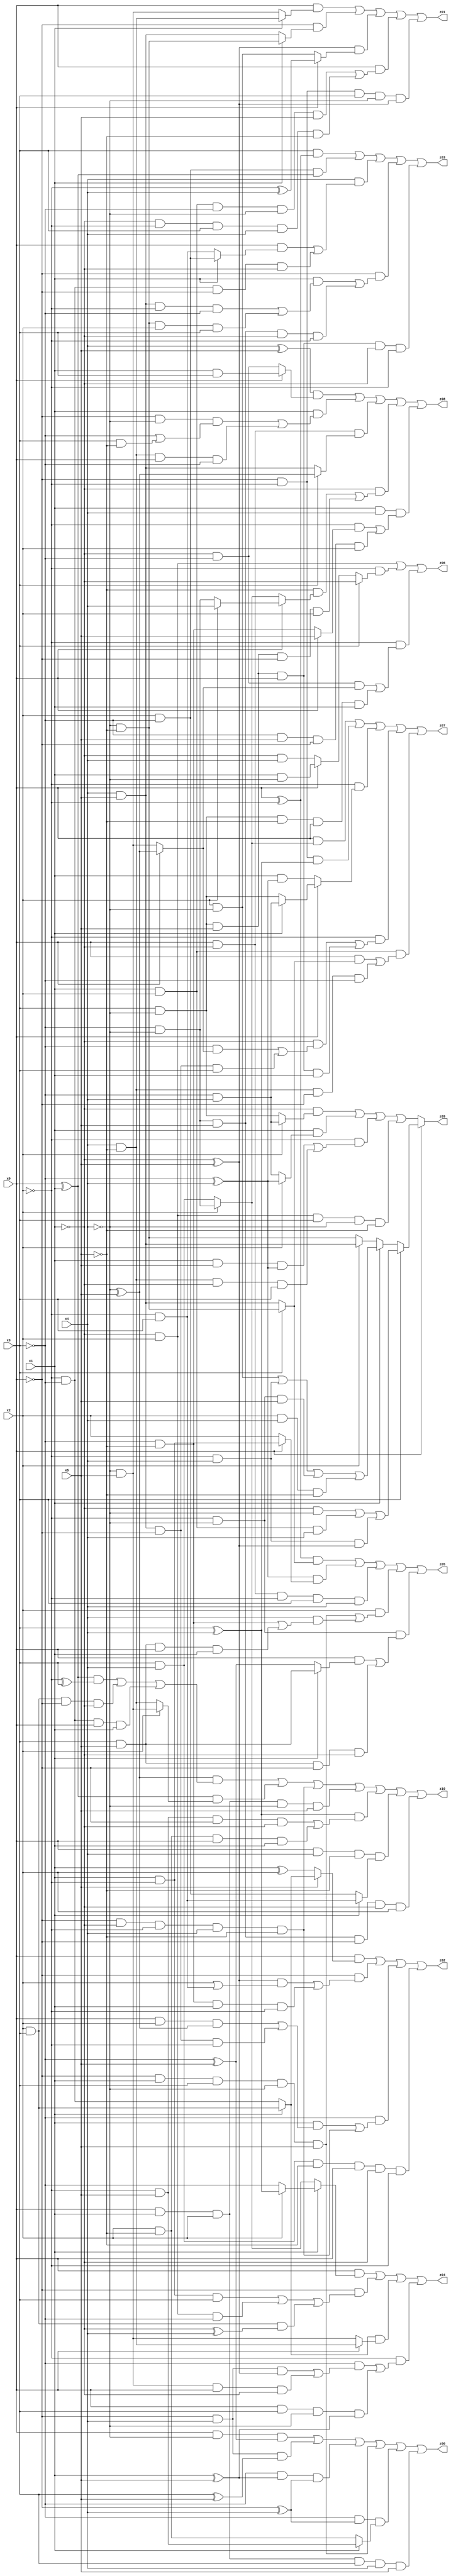
// Benchmark "X_45" written by ABC on Mon Jun 05 01:34:59 2023

module X_45 ( 
    x0, x1, x2, x3, x4, x5,
    z00, z01, z02, z03, z04, z05, z06, z07, z08, z09, z10  );
  input  x0, x1, x2, x3, x4, x5;
  output z00, z01, z02, z03, z04, z05, z06, z07, z08, z09, z10;
  assign z00 = (x0 & ~x4 & (~x3 ^ x5)) | (~x0 & x4 & (x3 ^ x5)) | (~x3 & (x1 ^ x5) & (~x0 ^ x4)) | (~x0 & x1 & x3 & ~x4 & x5) | (~x3 & (~x0 ^ x4) & (x1 ? (~x2 & x5) : (x2 & ~x5))) | (x0 & x1 & x2 & x3 & x4 & x5);
  assign z01 = (x0 & (x1 ? (x4 & ~x5) : (~x4 & x5))) | (~x0 & (x1 ? (~x4 & ~x5) : (x4 & x5))) | ((~x1 ^ x5) & (x0 ? (~x2 ^ x4) : (x2 & ~x4))) | (x0 & ((x1 & x2 & ~x3 & ~x4 & x5) | (~x1 & ~x2 & x3 & x4 & ~x5))) | (~x0 & ~x2 & x3 & ~x4 & (~x1 ^ x5));
  assign z02 = (x0 & (x5 ? (x1 ? (x2 & x3) : (~x2 & ~x3)) : (x1 ^ x2))) | (~x0 & (((~x1 ^ x5) & (x2 | (~x2 & x3))) | (~x3 & ~x5 & x1 & ~x2))) | (~x3 & ((x1 & ((x0 & x2 & (~x4 ^ x5)) | (x4 & x5 & ~x0 & ~x2))) | (~x0 & ~x1 & ~x2 & x4 & ~x5))) | (x3 & x4 & ~x5 & x0 & ~x1 & ~x2);
  assign z03 = (x3 & (x0 ^ ~x2)) | (x2 & ~x3 & (x0 ^ x1)) | (x4 & ((x0 & (x1 ? (x2 & ~x3) : (~x2 & x3))) | (~x2 & ~x3 & ~x0 & ~x1))) | (~x0 & ((x1 & ((x4 & x5 & ~x2 & ~x3) | (~x4 & ~x5 & x2 & x3))) | (~x3 & ~x4 & x5 & ~x1 & ~x2))) | (x3 & ~x4 & x5 & x0 & ~x1 & ~x2);
  assign z04 = (x0 & (x1 ? (x2 ? (x3 ^ x4) : ~x3) : (x2 ? (~x3 & ~x4) : (x3 & x4)))) | (~x0 & ((x1 & ~x2 & x3) | (~x1 & x2 & ~x3) | (x2 & x3 & (~x1 ^ x4)))) | ((x1 ? (x2 & x3) : (~x2 & ~x3)) & (x0 ? (x4 & ~x5) : (~x4 & x5))) | (~x2 & ((~x3 & ((~x0 & x4 & (~x1 ^ x5)) | (~x4 & x5 & x0 & ~x1))) | (x0 & x3 & ~x4 & (x1 ^ x5))));
  assign z05 = ((x0 ^ ~x2) & (x3 ? (~x4 & ~x5) : (x4 & x5))) | ((~x3 ^ x4) & (x0 ? (x1 & ~x2) : x2)) | (x0 & ~x1 & ~x2 & x3 & x4) | (x2 & ((~x0 & x1 & x3 & ~x4 & x5) | (x4 & ((~x3 & ~x5) | (x3 & x5 & x0 & x1))))) | (~x2 & ~x4 & ((x0 & (x1 ? (x3 & x5) : (~x3 ^ x5))) | (x3 & x5 & ~x0 & ~x1)));
  assign z06 = (~x1 & x2) | (~x2 & (x3 ? ~x1 : (x0 ? (x1 & ~x4) : (~x1 & x4)))) | (~x2 & ((~x1 & ~x3 & (x0 ? (~x4 ^ x5) : (~x4 & x5))) | (x3 & ~x4 & ~x5 & x0 & x1)));
  assign z07 = (x0 & (x2 ? (~x3 & ~x4) : (x3 & x4))) | (~x0 & ~x2 & (x3 ^ x4)) | (~x2 & (x0 ? (x1 ? (~x3 & x4) : (x3 & ~x4)) : (x1 & (~x3 ^ x4)))) | (~x2 & ((~x1 & ((~x3 & (x0 ? (~x4 ^ x5) : (~x4 & x5))) | (x4 & x5 & ~x0 & x3))) | (x3 & ~x4 & x5 & x0 & x1))) | (x1 & x2 & ((x0 & (x3 ? (~x4 & ~x5) : (x4 & x5))) | (x4 & ~x5 & ~x0 & ~x3)));
  assign z08 = ((x4 ^ x5) & (x0 ? (x1 & x3) : (~x1 & ~x3))) | (x1 & ((~x0 & ~x4 & (~x3 | (x3 & ~x5))) | (x4 & ~x5 & x0 & ~x3))) | (x0 & ~x1 & (x3 ? (~x4 ^ x5) : (x4 & x5))) | (~x1 & ((~x5 & (x0 ? (x2 ? x4 : (~x3 & ~x4)) : (x2 ? (~x3 & ~x4) : (x3 & x4)))) | (x3 & ~x4 & x5 & ~x0 & x2))) | (x1 & x4 & ((~x2 & (x0 ? x5 : (~x3 & ~x5))) | (~x3 & x5 & ~x0 & x2)));
  assign z09 = x0 ? (x3 ? ((~x1 & ~x4) | (x1 & x2 & x4) | (~x2 & x4 & (~x1 ^ x5))) : (x1 ? ((x2 & ~x4) | (~x2 & x4) | (~x2 & ~x4 & x5) | (x2 & x4 & ~x5)) : (x2 ? (x4 & x5) : (~x4 & ~x5)))) : ((~x1 & (x2 ? (~x3 & x4) : (x3 & ~x4))) | (x1 & (x2 ? (~x3 ^ x4) : (~x3 & x4))) | (~x2 & ((x1 & x5 & (~x3 ^ x4)) | (x4 & ~x5 & ~x1 & x3))) | (~x1 & x2 & x3 & ~x4 & ~x5));
  assign z10 = ((~x4 ^ x5) & (((x0 ^ x1) & (~x2 ^ x3)) | (x2 & x3 & ~x0 & ~x1) | (~x2 & ~x3 & x0 & x1))) | ((x0 ^ x1) & (x2 ? (~x4 & x5) : (x4 & ~x5))) | (~x0 & ~x1 & ~x2 & x4 & ~x5) | (x0 & x1 & x2 & ~x4 & x5) | ((x3 ^ x4) & ((~x2 & x5 & ~x0 & ~x1) | (x2 & ~x5 & x0 & x1))) | (x0 & x4 & ~x5 & (x1 ? (~x2 & x3) : (x2 & ~x3))) | (~x3 & ~x4 & x5 & ~x0 & ~x1 & x2);
endmodule